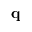
{ \bf q }